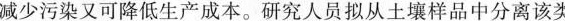
减少污染又可降低生产成本。研究人员拟从土壤样品中分离该类